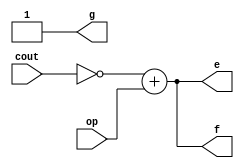
//This file has 2 different modules for getting the HEX1 outputs
//FOR GETTING 1 for add only

module adddecoder(op, cout, e, f, g);


input op, cout;

output e, f, g;

//op=0, cout=1 done using POS
//these are equations for LED 1 and LED 2
assign e = ~cout+op;
assign f = ~cout+op;
assign g =1'b1;


endmodule



//FOR GETTING NEGATIVE

module minusdecoder(op, cout, e, f, g);

input op, cout;
output e, f, g;

assign e =1'b1;
assign f =1'b1;
assign g = cout + ~op;

endmodule